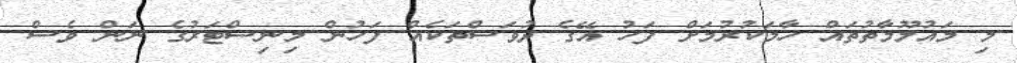
މި މައުލޫމާތުތައް ހާމަކުރުމަށް ފަހު އޭގެ ދުވަސްތަކެއް ފަހުން މިނިސްޓަރުގެ ނަން ވެސް